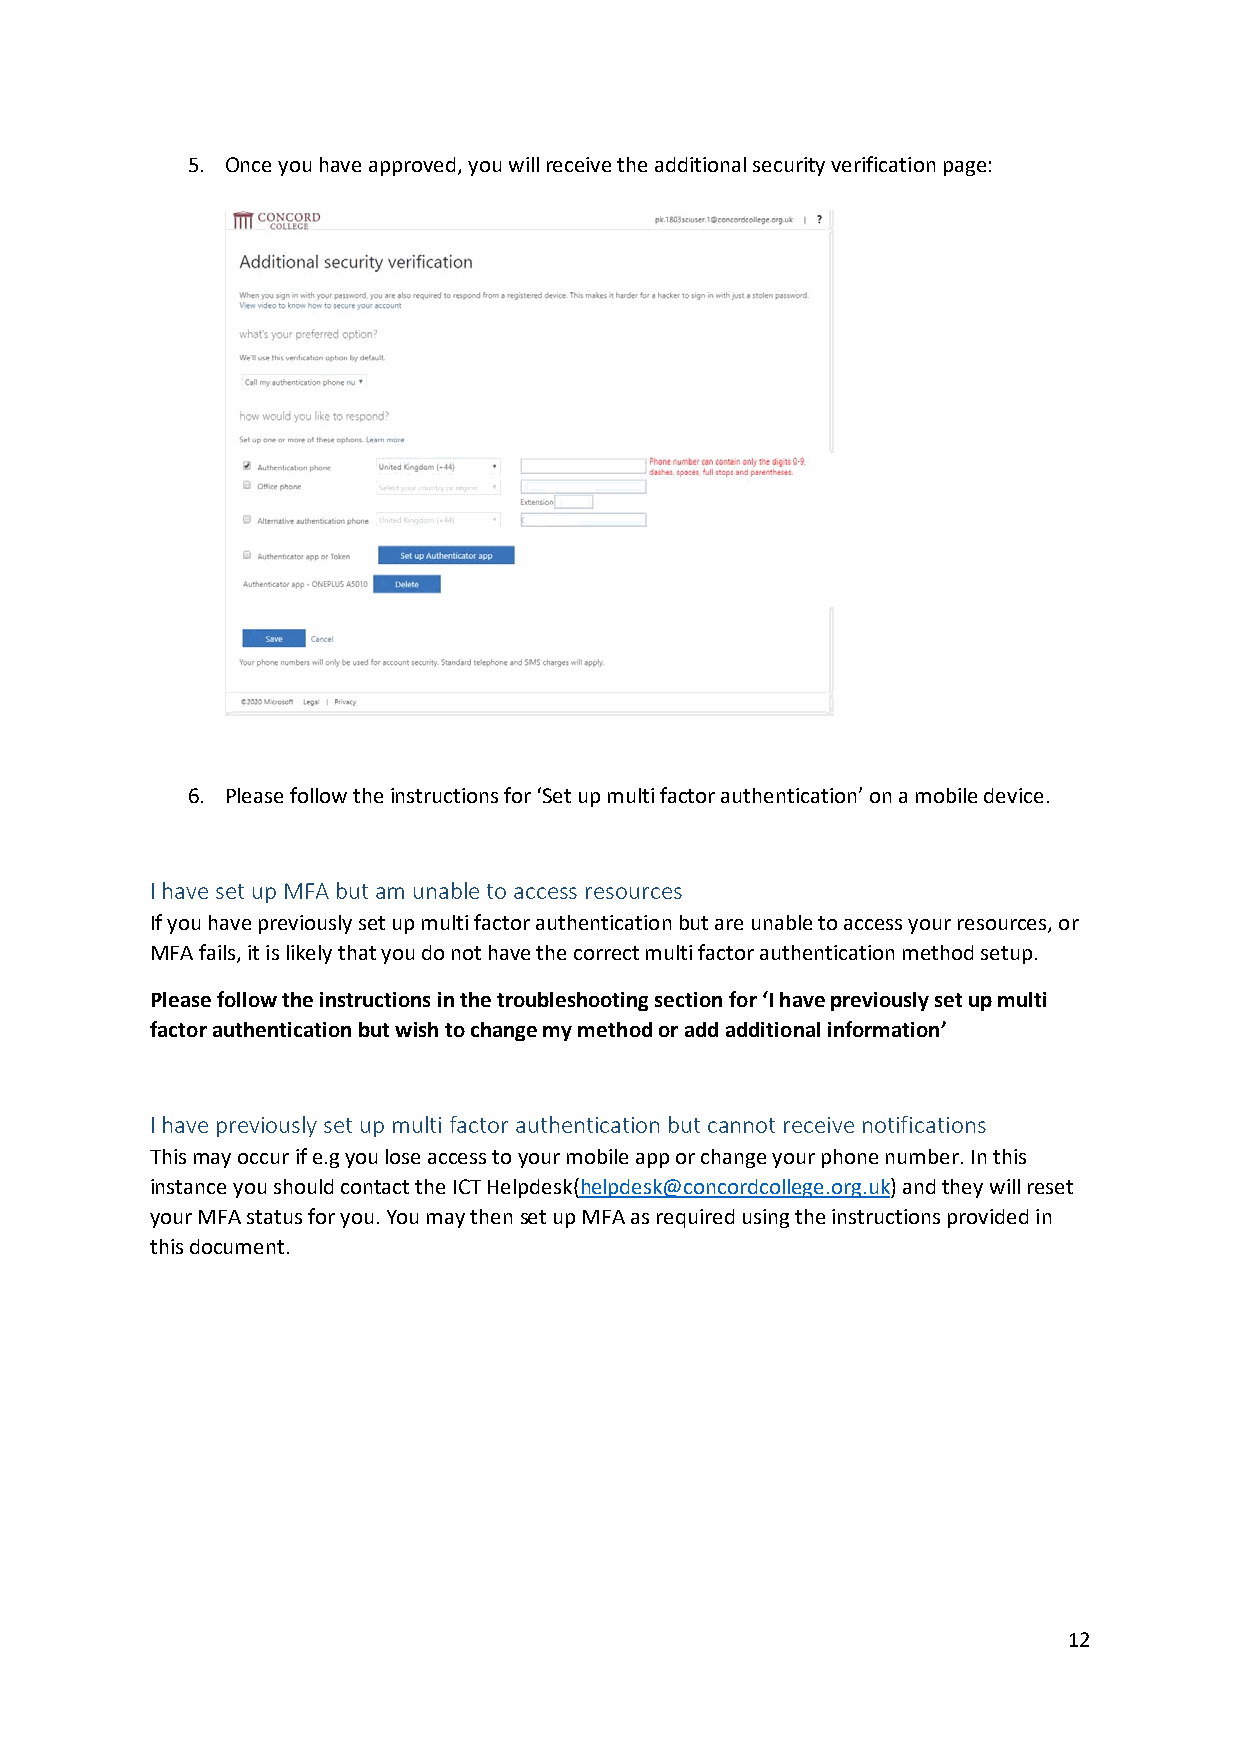
5. Once you have approved, you will receive the additional security verification page:
 6. Please follow the instructions for ‘Set up multi factor authentication’ on a mobile device.
 I have set up MFA but am unable to access resources
 If you have previously set up multi factor authentication but are unable to access your resources, or
 MFA fails, it is likely that you do not have the correct multi factor authentication method setup.
 Please follow the instructions in the troubleshooting section for ‘I have previously set up multi
 factor authentication but wish to change my method or add additional information’
 I have previously set up multi factor authentication but cannot receive notifications
 This may occur if e.g you lose access to your mobile app or change your phone number. In this
 instance you should contact the ICT Helpdesk(helpdesk@concordcollege.org.uk) and they will reset
 your MFA status for you. You may then set up MFA as required using the instructions provided in
 this document.
 12